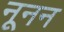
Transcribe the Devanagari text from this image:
नूनन